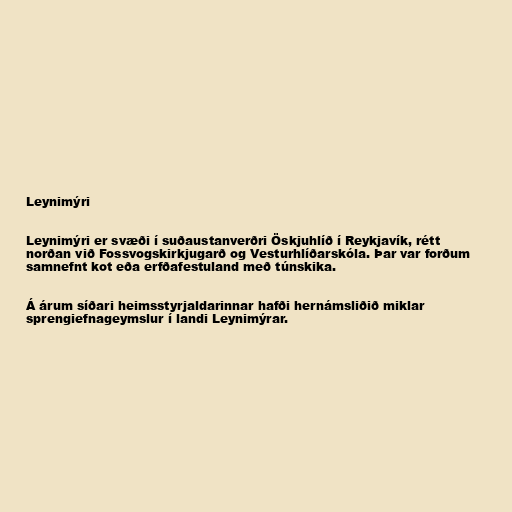
Leynimýri

Leynimýri er svæði í suðaustanverðri Öskjuhlíð í Reykjavík, rétt
norðan við Fossvogskirkjugarð og Vesturhlíðarskóla. Þar var forðum
samnefnt kot eða erfðafestuland með túnskika.

Á árum síðari heimsstyrjaldarinnar hafði hernámsliðið miklar
sprengiefnageymslur í landi Leynimýrar.